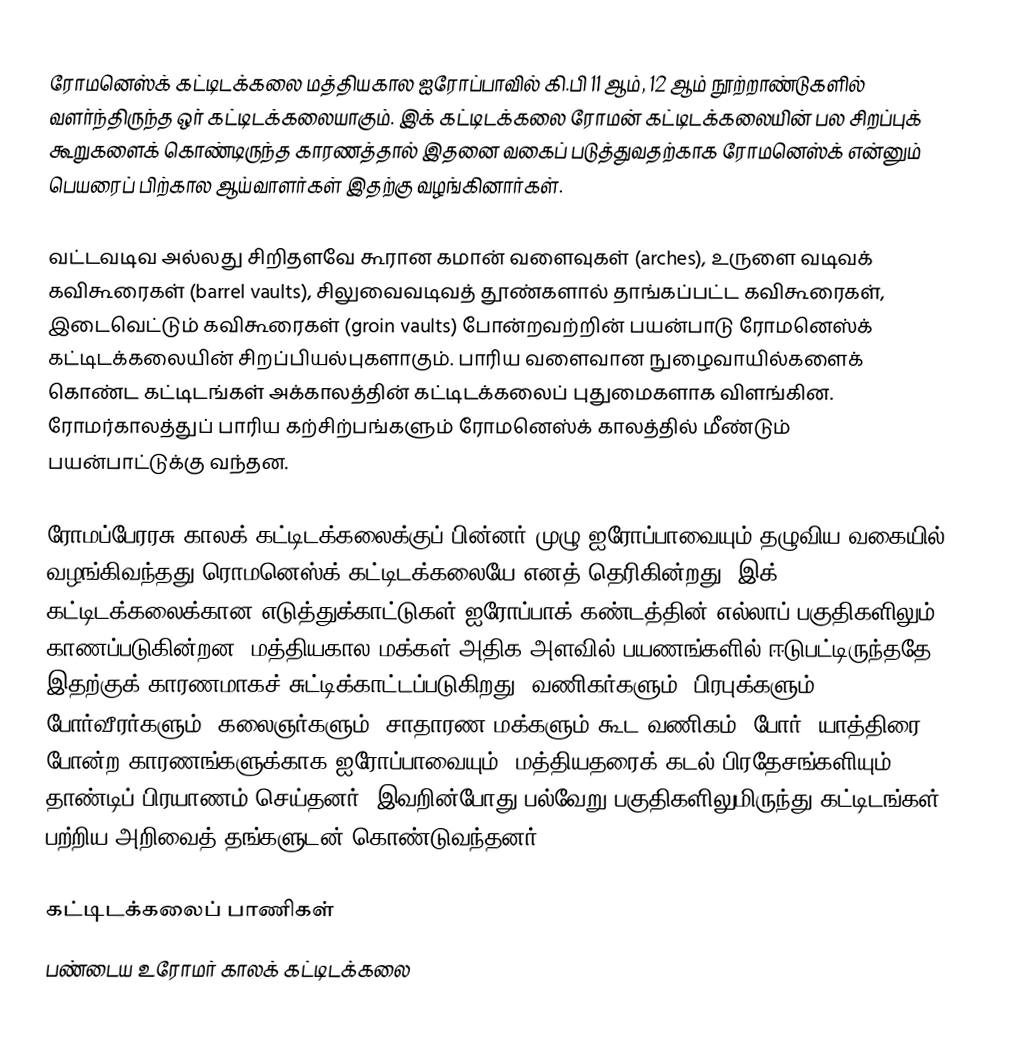
ரோமனெஸ்க் கட்டிடக்கலை மத்தியகால ஐரோப்பாவில் கி.பி 11 ஆம், 12 ஆம் நூற்றாண்டுகளில் வளர்ந்திருந்த ஒர் கட்டிடக்கலையாகும். இக் கட்டிடக்கலை ரோமன் கட்டிடக்கலையின் பல சிறப்புக் கூறுகளைக் கொண்டிருந்த காரணத்தால் இதனை வகைப் படுத்துவதற்காக ரோமனெஸ்க் என்னும் பெயரைப் பிற்கால ஆய்வாளர்கள் இதற்கு வழங்கினார்கள்.

வட்டவடிவ அல்லது சிறிதளவே கூரான கமான் வளைவுகள் (arches), உருளை வடிவக் கவிகூரைகள் (barrel vaults), சிலுவைவடிவத் தூண்களால் தாங்கப்பட்ட கவிகூரைகள், இடைவெட்டும் கவிகூரைகள் (groin vaults) போன்றவற்றின் பயன்பாடு ரோமனெஸ்க் கட்டிடக்கலையின் சிறப்பியல்புகளாகும். பாரிய வளைவான நுழைவாயில்களைக் கொண்ட கட்டிடங்கள் அக்காலத்தின் கட்டிடக்கலைப் புதுமைகளாக விளங்கின. ரோமர்காலத்துப் பாரிய கற்சிற்பங்களும் ரோமனெஸ்க் காலத்தில் மீண்டும் பயன்பாட்டுக்கு வந்தன.

ரோமப்பேரரசு காலக் கட்டிடக்கலைக்குப் பின்னர் முழு ஐரோப்பாவையும் தழுவிய வகையில் வழங்கிவந்தது ரொமனெஸ்க் கட்டிடக்கலையே எனத் தெரிகின்றது. இக் கட்டிடக்கலைக்கான எடுத்துக்காட்டுகள் ஐரோப்பாக் கண்டத்தின் எல்லாப் பகுதிகளிலும் காணப்படுகின்றன. மத்தியகால மக்கள் அதிக அளவில் பயணங்களில் ஈடுபட்டிருந்ததே இதற்குக் காரணமாகச் சுட்டிக்காட்டப்படுகிறது. வணிகர்களும், பிரபுக்களும், போர்வீரர்களும், கலைஞர்களும், சாதாரண மக்களும் கூட வணிகம், போர், யாத்திரை போன்ற காரணங்களுக்காக ஐரோப்பாவையும், மத்தியதரைக் கடல் பிரதேசங்களியும் தாண்டிப் பிரயாணம் செய்தனர். இவறின்போது பல்வேறு பகுதிகளிலுமிருந்து கட்டிடங்கள் பற்றிய அறிவைத் தங்களுடன் கொண்டுவந்தனர்.

கட்டிடக்கலைப் பாணிகள்
பண்டைய உரோமர் காலக் கட்டிடக்கலை